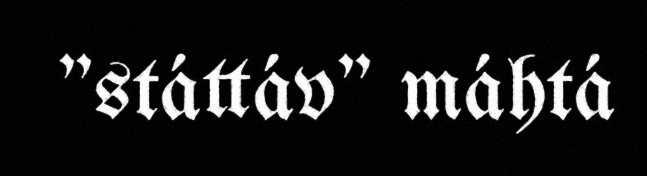
"státtáv" máhtá